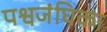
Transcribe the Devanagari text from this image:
पश्वजंघिका